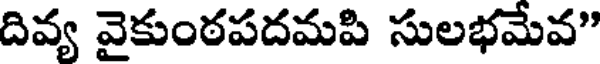
దివ్య వైకుంఠపదమపి సులభమేవ"